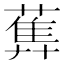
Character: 𦻧